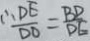
\therefore \frac { D E } { D O } = \frac { B D } { D E }